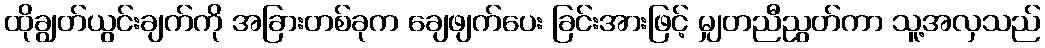
ထိုချွတ်ယွင်းချက်ကို အခြားတစ်ခုက ချေဖျက်ပေး ခြင်းအားဖြင့် မျှတညီညွတ်ကာ သူ့အလှသည်